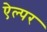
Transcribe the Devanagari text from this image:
ऐल्पर